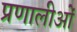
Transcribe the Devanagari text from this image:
प्रणालीओं